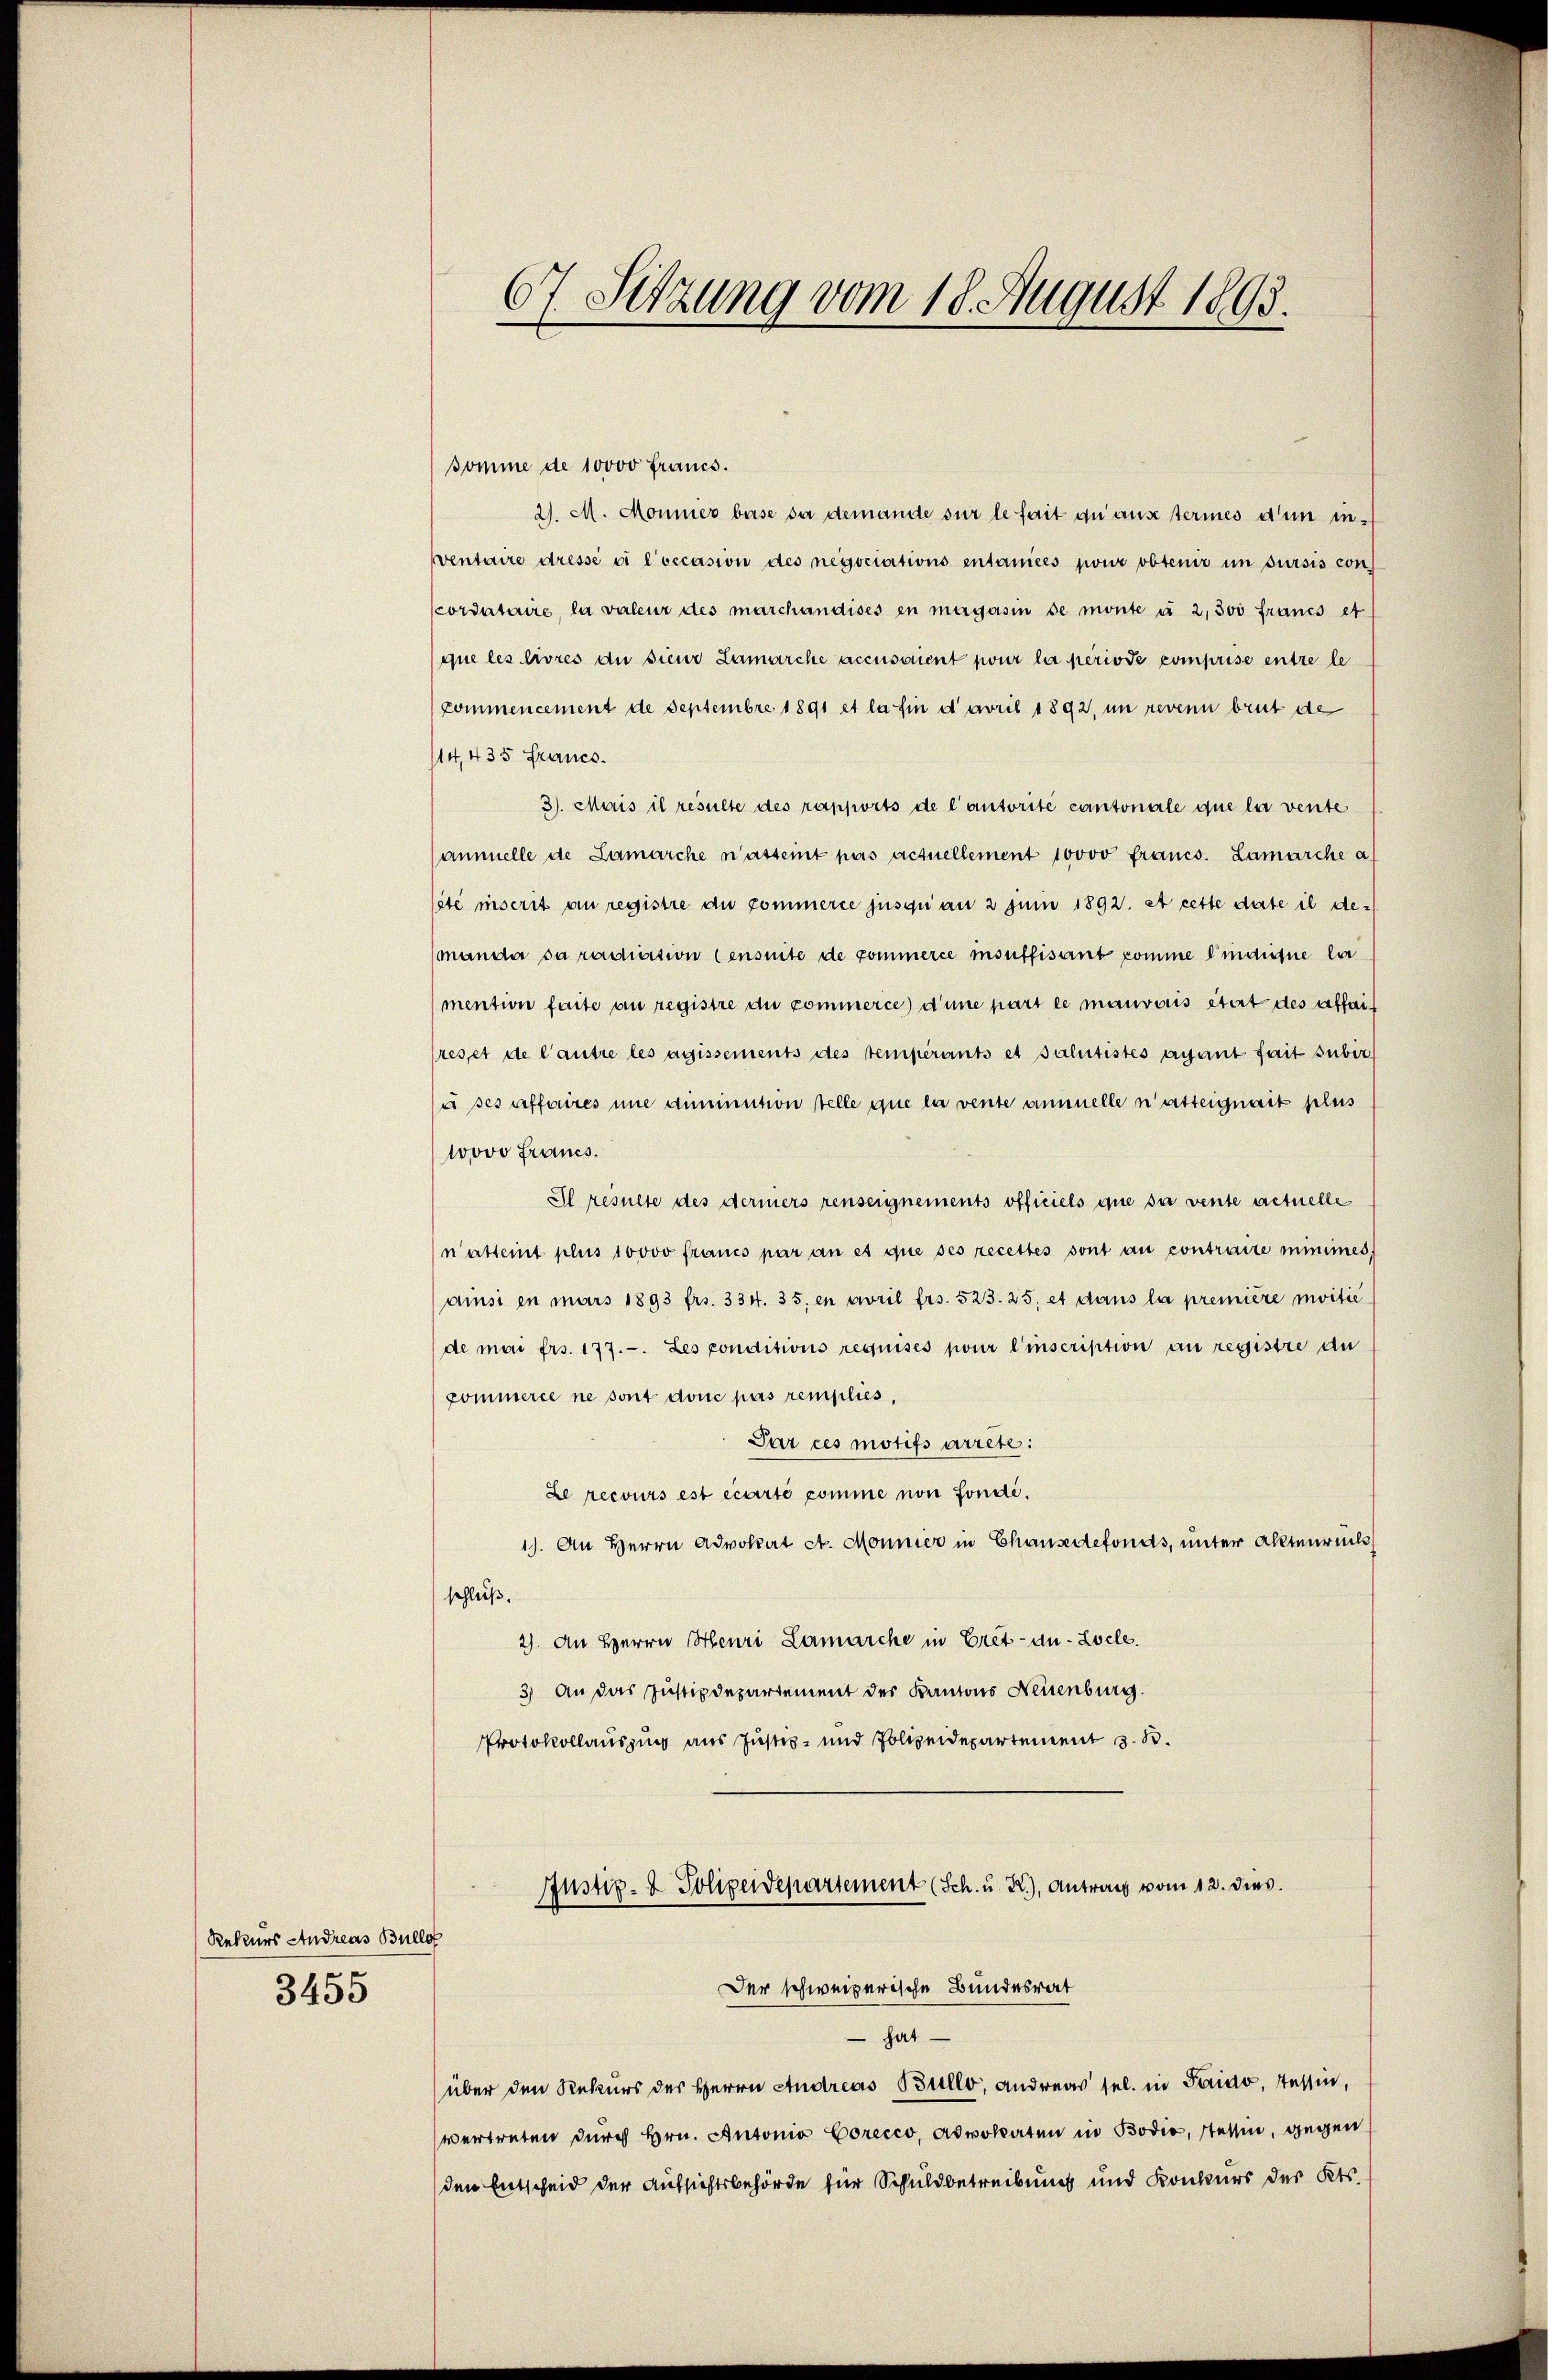
Rekurs Andreas Bulle
3455

67. Sitzung vom 18. August 1893.

somme de 10000 Francs.
2. M. Monnier base da demande sur le fait du aus termes d’un inventaire dresse si l’occasion des negociations entanices pour obtenir im Jursis con
cordataire, la valeur des marchandises en magasin se monte à 2,500 francs et
que les livres an sieur Lamarche accusoment pour la periode comprise entre le
kommencement de Septembre 1891 et la fin d avril 1892, im revenn brut de
14, 435 Francs.
3). Mais il resulte des rapports de l’autorité cantonale que la vente
ammelle de Lamarche n’asteint pas actuellement 10000 francs. Lamarche a
site inscrit an registre du commerce jusquan 2 Juni 1892. et cette date il de¬
(mander sa radiction Censuite de commerce insuffisant komme einaufne lie
mention faite au registre du commerce d’une part le mauvais itert des affaireset de l’autre les agissements des temperants et salutistes ayant fait subir
u ses affaires une diminution stelle que la vente annuelle n’atteignait plus
Wovo Francs.
Il resulte des dermers renseignements officiels que sa vente actuelle
natteint plus 10000 francs par an et que ses recettes sont au contraire minimes,
ainsi in mars 1893 frs. 334. 35, en avril frs. 523. 25. et dans la première moitié
de mai frs. 177. Les conditions requises pour l’inscription an registre du
commerce ne sont donc pas remplies,
Par ces motifs arrete:
Le recours est écarté comme non fondi¬
1). An Herrn Advokat St. Monnier in Chausedefonds, unter Aktenrech
schluß.
2). An Herrn Henri Lamarche in Cret-au-Locle.
3) An das Justizdepartement des Kantons Neuenburg.
Protokollauszug aus Justiz- und Polizeidepartement z. B.
Justiz- & Polizeidepartement (Sch. u. 2.), Antrag vom 12. dies
Der schweizerische Bundesrat
hat
über den Rekurs des Herrn Andreas Bullo, andreas sel. in Saido, Tessin,
vertreten dŭrch Hrn. Antonio Corecco, Advokaten in Bodio, Tessin, gegen
den Entscheid der Aufsichtsbehörde für Schuldbetreibung und Konkurs des Kts.